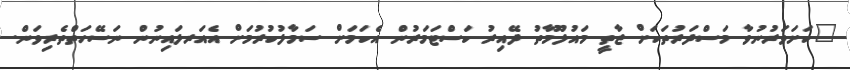
"ކަށަވަރުނުވާ މަސްދަރުތަކަށް ޒާތީ މައުލޫމާތު ދޭއިރު ކަސްޓަމަރުން އެކަމަށް ސަމާލުކުރުމަށް އެއަރލައިނުން ނަސޭހަތްތެރިވަން.